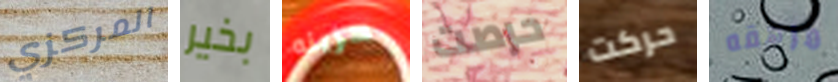
المركزي بخير حزينه حرصت حركت مرهقه